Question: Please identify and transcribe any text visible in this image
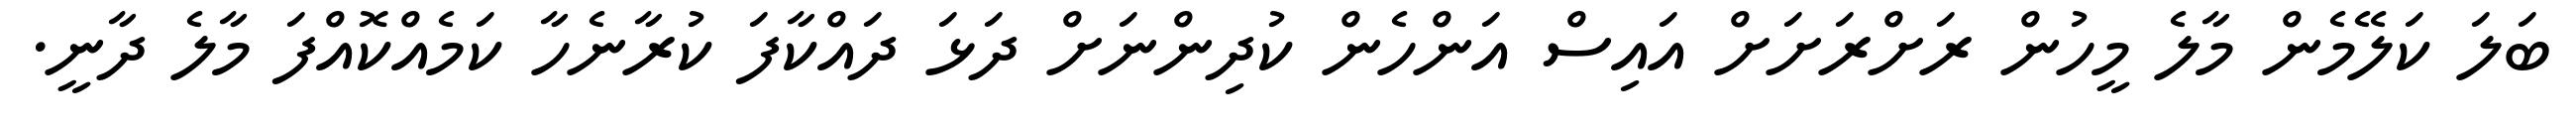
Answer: ބަލަ ކަލޭމެން މާލެ މީހުން ރަށްރަށަށް އައިސް އަންހެން ކުދިންނަށް ދަޅަ ދައްކާފަ ކުރާނެހާ ކަމެއްކޮއްފަ މާލެ ދާނީ.